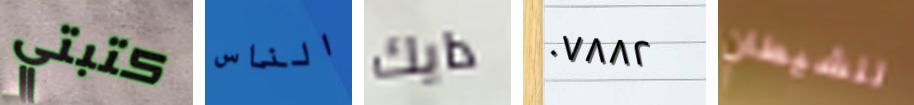
كتبتي الناس دايك ٠٧٨٨٢ للشيطان